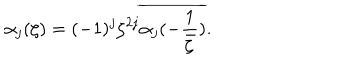
\alpha _ { j } ( \zeta ) = ( - 1 ) ^ { j } \zeta ^ { 2 j } \overline { { { \alpha _ { j } ( - \frac { 1 } { \bar { \zeta } } ) } } } .